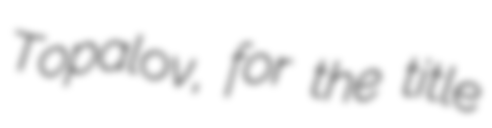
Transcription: Topalov, for the title